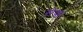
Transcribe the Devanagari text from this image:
रोय।